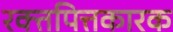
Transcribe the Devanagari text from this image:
रक्तपित्तकारक